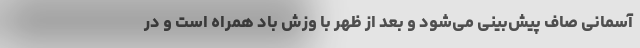
آسمانی صاف پیش‌بینی می‌شود و بعد از ظهر با وزش باد همراه است و در